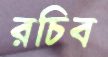
রচিব